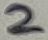
Text: 2